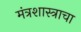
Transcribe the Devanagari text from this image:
मंत्रशास्त्राचा